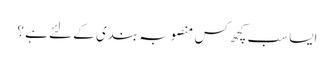
ایسا سب کچھ کس منصوبہ بندی کے لئے ہے ؟